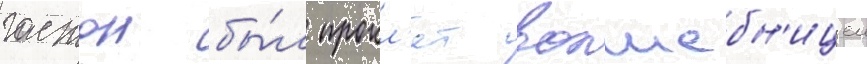
гастон бы́л прокл'ят волшебн'ицеи